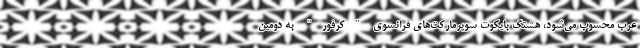
عرب محسوب می‌شود، هشتگ بایکوت سوپرمارکت‌های فرانسوی "کرفور" به دومین